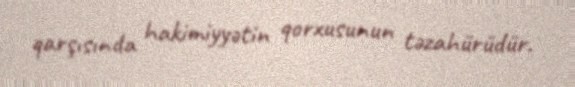
qarşısında hakimiyyətin qorxusunun təzahürüdür.